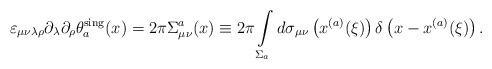
LaTeX: \begin{align*}\varepsilon_{\mu\nu\lambda\rho}\partial_\lambda\partial_\rho\theta_a^{\rm sing}(x)=2\pi\Sigma_{\mu\nu}^a(x)\equiv 2\pi\int\limits_{\Sigma_a}^{}d\sigma_{\mu\nu}\left(x^{(a)}(\xi)\right)\delta\left(x-x^{(a)}(\xi)\right).\end{align*}